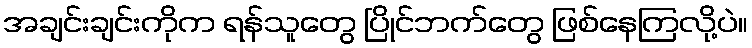
အချင်းချင်းကိုက ရန်သူတွေ ပြိုင်ဘက်တွေ ဖြစ်နေကြလို့ပဲ။